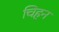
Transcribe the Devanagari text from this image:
चिहन